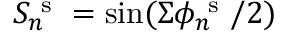
S _ { n } ^ { \mathrm { ~ s ~ } } = \sin ( \Sigma \phi _ { n } ^ { \mathrm { ~ s ~ } } / 2 )